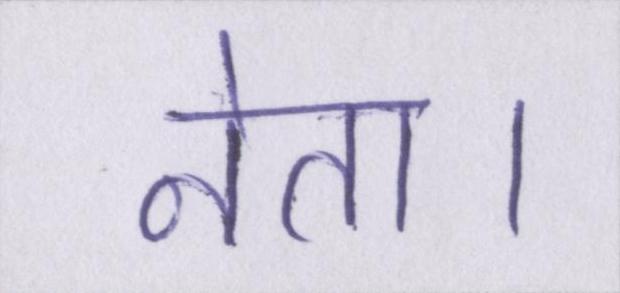
नेता।